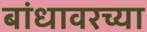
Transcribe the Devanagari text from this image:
बांधावरच्या